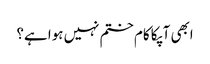
ابھی آپکا کام ختم نہیں ہوا ہے؟